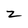
Character: z